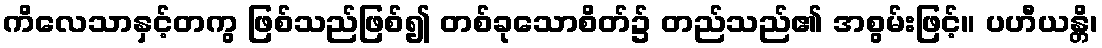
ကိလေသာနှင့်တကွ ဖြစ်သည်ဖြစ်၍ တစ်ခုသောစိတ်၌ တည်သည်၏ အစွမ်းဖြင့်။ ပဟီယန္တိ၊